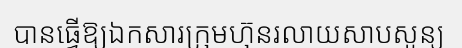
បានធ្វើឱ្យឯកសារក្រុមហ៊ុនរលាយសាបសូន្យ